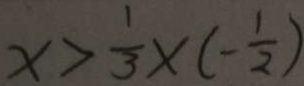
x > \frac { 1 } { 3 } \times ( - \frac { 1 } { 2 } )